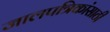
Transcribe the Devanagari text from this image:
जालपत्रिकांसाठी